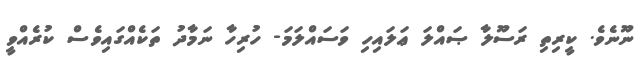
ނޫނެވެ. ކީރިތި ރަސޫލާ ޞައްލަ ޢަލައިހި ވަސައްލަމަ- ހުރިހާ ނަމާދު ތަކެއްގައިވެސް ކުރެއްވީ